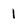
Character: 1